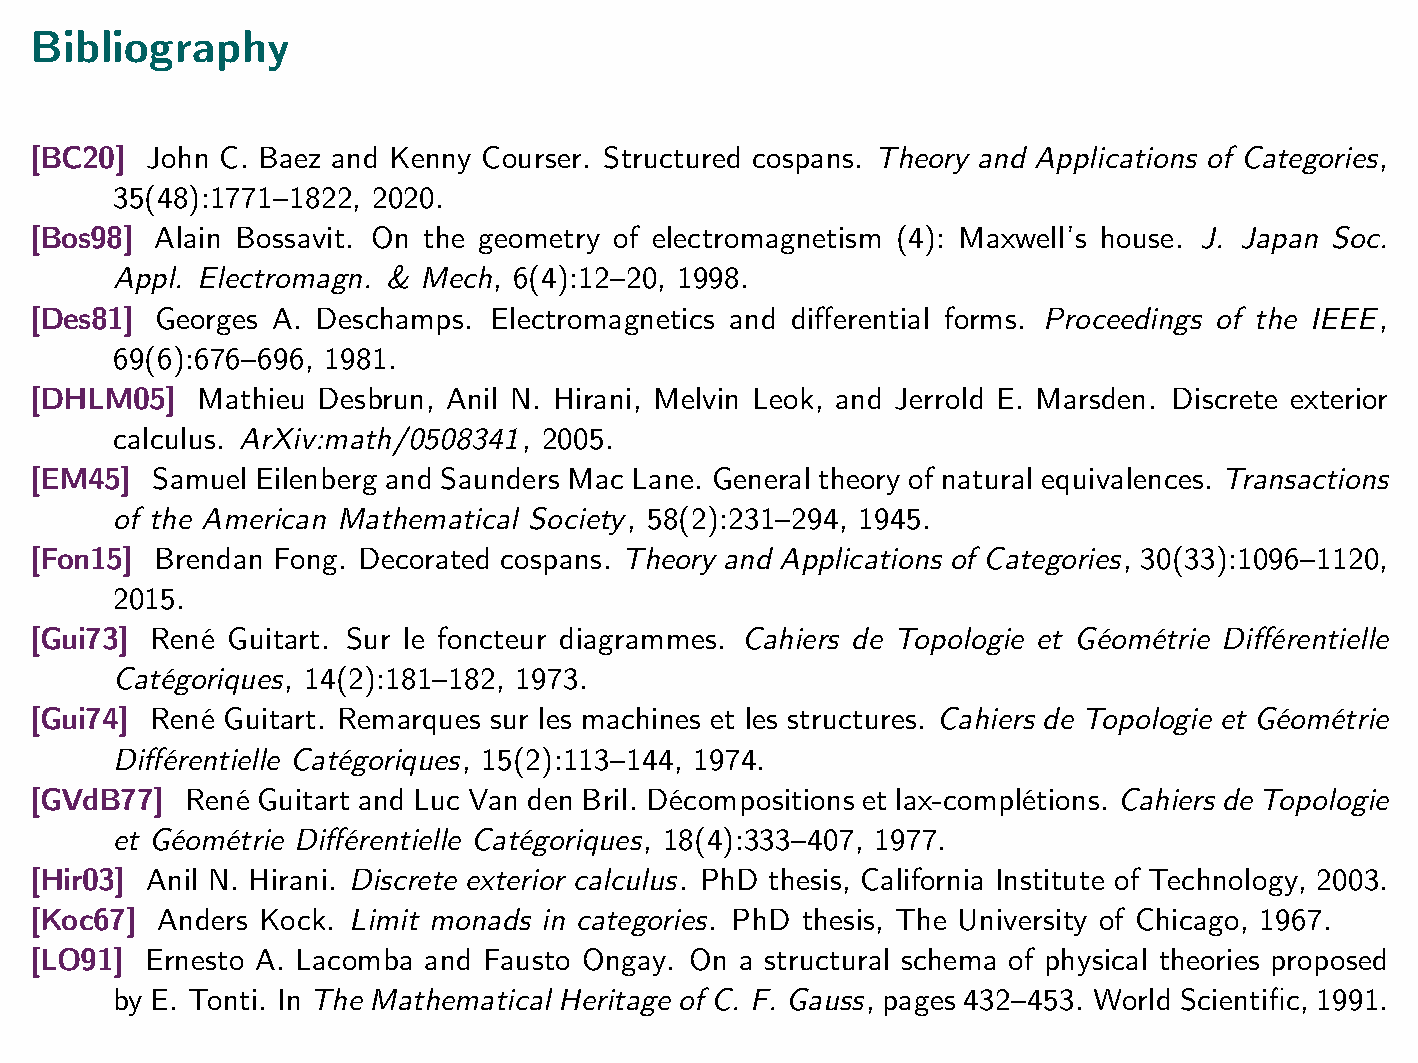
Bibliography
 [BC20]  John C. Baez and Kenny Courser. Structured cospans. Theory and Applications of Categories,
 35(48):17711822, 2020.
 [Bos98] Alain Bossavit. On the geometry of electromagnetism (4): Maxwell's house. J. Japan Soc.
 Appl. Electromagn. & Mech, 6(4):1220, 1998.
 [Des81] Georges A. Deschamps. Electromagnetics and differential forms. Proceedings of the IEEE,
 69(6):676696, 1981.
 [DHLM05]   Mathieu Desbrun, Anil N. Hirani, Melvin Leok, and Jerrold E. Marsden. Discrete exterior
 calculus. ArXiv:math/0508341, 2005.
 [EM45]  Samuel Eilenberg and Saunders Mac Lane. General theory of natural equivalences. Transactions
 of the American Mathematical Society, 58(2):231294, 1945.
 [Fon15] Brendan Fong. Decorated cospans. Theory and Applications of Categories, 30(33):10961120,
 2015.
 [Gui73] René Guitart. Sur le foncteur diagrammes. Cahiers de Topologie et Géométrie Différentielle
 Catégoriques, 14(2):181182, 1973.
 [Gui74] René Guitart. Remarques sur les machines et les structures. Cahiers de Topologie et Géométrie
 Différentielle Catégoriques, 15(2):113144, 1974.
 [GVdB77]  René Guitart and Luc Van den Bril. Décompositions et lax-complétions. Cahiers de Topologie
 et Géométrie Différentielle Catégoriques, 18(4):333407, 1977.
 [Hir03] Anil N. Hirani. Discrete exterior calculus. PhD thesis, California Institute of Technology, 2003.
 [Koc67] Anders Kock. Limit monads in categories. PhD thesis, The University of Chicago, 1967.
 [LO91]  Ernesto A. Lacomba and Fausto Ongay. On a structural schema of physical theories proposed
 by E. Tonti. In The Mathematical Heritage of C. F. Gauss, pages 432453. World Scientific, 1991.